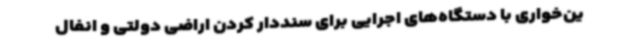
ین‌خواری با دستگاه‌های اجرایی برای سنددار کردن اراضی دولتی و انفال